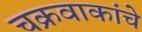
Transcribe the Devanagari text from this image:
चक्रवाकांचे